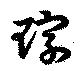
琮